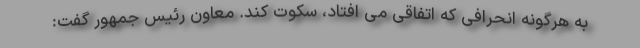
به هرگونه انحرافی که اتفاقی می افتاد، سکوت کند. معاون رئیس جمهور گفت: